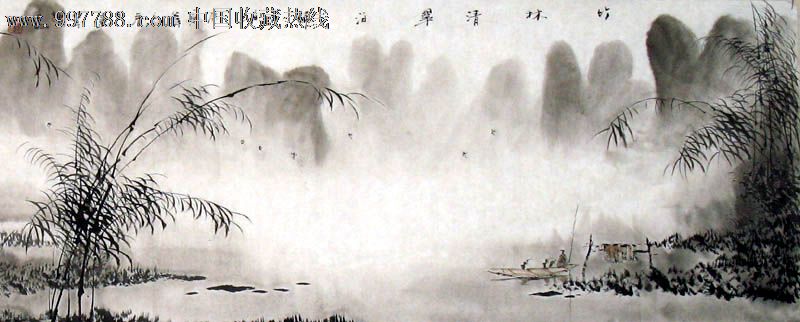
奇谋报国，可怜无用，尘昏白羽。